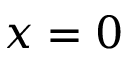
x = 0